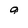
Character: 9